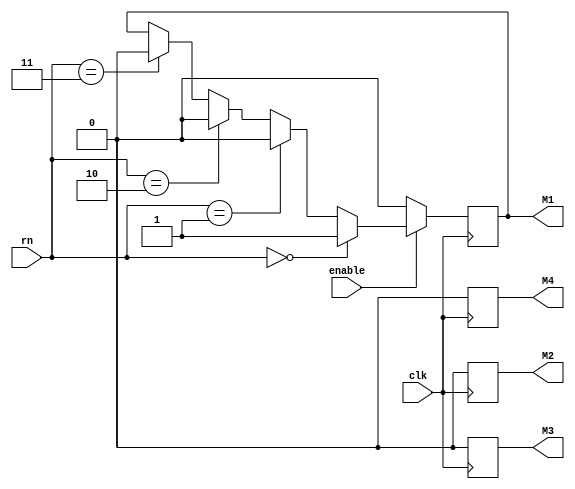
`timescale 1ns / 1ps
//////////////////////////////////////////////////////////////////////////////////
// Company: 
// Engineer: 
// 
// Design Name: 
// Module Name: WM_lighter
// Project Name: 
// Target Devices: 
// Tool Versions: 
// Description: 
// 
// Dependencies: 
// 
// Revision:
// Revision 0.01 - File Created
// Additional Comments:
// 
//////////////////////////////////////////////////////////////////////////////////



module WM_lighter(
input clk,  
input enable,
input [1:0] rn, 
output reg M1, output reg M2, output reg M3,output reg M4
    );

  
    always @(posedge clk) begin 
    
    //if(reset) begin M1 <=0; M2<=0; M3<=0; M4<=0; end
    
   if(enable) begin 
    if (rn == 0) begin  M1 <=1; M2<=0; M3<=0; M4<=0; end
    else if (rn == 1) begin M2 <=1; M1 <=0;  M3<=0; M4<=0; end
    else if (rn == 2) begin M3 <=1; M1 <=0; M2<=0; M4<=0; end 
    else if (rn == 3) begin M1 <=0; M2<=0; M3<=0; M4<=1; end 
    end
    
    else if(!enable) M1 <=0; M2<=0; M3<=0; M4<=0;    
    end
    
    
  endmodule